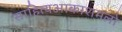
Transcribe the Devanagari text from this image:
साहित्‍यआकाशमलो